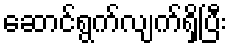
ဆောင်ရွက်လျက်ရှိပြီး